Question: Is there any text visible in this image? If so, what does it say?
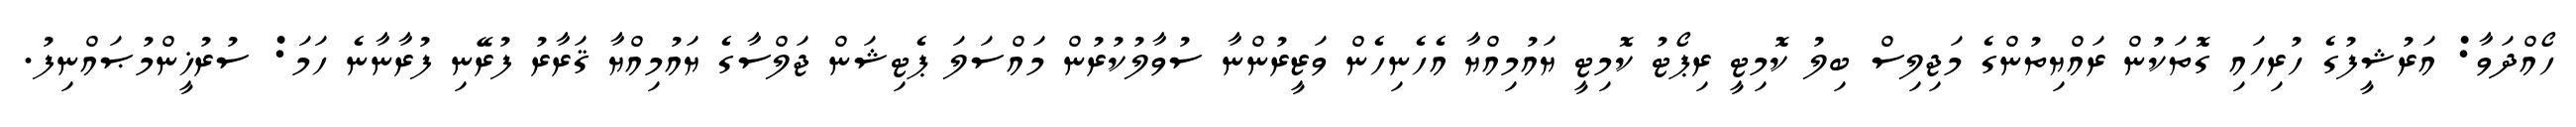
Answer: ހޯއްދަވާ: އަރުޝީފުގެ ހުރިހައި ގޮތަކުން ރައްޔިތުންގެ މަޖިލިސް ބިލު ކޮމިޓީ ރިޕޯޓު ކޮމިޓީ ޔައުމިއްޔާ އެހެނިހެން ވަޒީރުންނާ ސުވާލުކުރުން މައްސަލަ ޕެޓިޝަން ޖަލްސާގެ ޔައުމިއްޔާ ޤަރާރު ފުރޭނި ފުރާނާނެ ހަމަ: ސުރުޚީންމުޞައްނިފު.